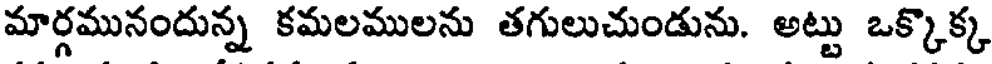
మార్గమునందున్న కమలములను తగులుచుండును. అట్టు ఒక్కొక్క